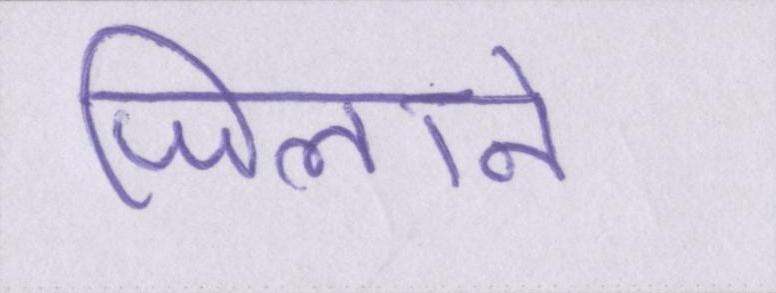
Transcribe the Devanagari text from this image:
जिलाने